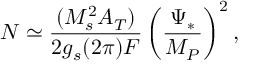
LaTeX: N \simeq \frac { ( M _ { s } ^ { 2 } A _ { T } ) } { 2 g _ { s } ( 2 \pi ) F } \left( \frac { \Psi _ { * } } { M _ { P } } \right) ^ { 2 } ,